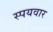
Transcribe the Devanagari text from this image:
स्पयवार